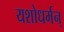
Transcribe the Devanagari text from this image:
यशोधर्मन्‌